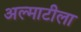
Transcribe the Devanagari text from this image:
अल्माटीला